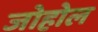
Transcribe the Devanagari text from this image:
जोहोल